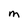
Character: m